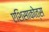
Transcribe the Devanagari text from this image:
एशिसाकोत्स